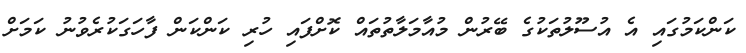
ކަންކަމުގައި އެ އުސޫލުތަކުގެ ބޭރުން މުއާމަލާތުތައް ކޮށްފައި ހުރި ކަންކަން ފާހަގަކުރެވުނު ކަމަށް